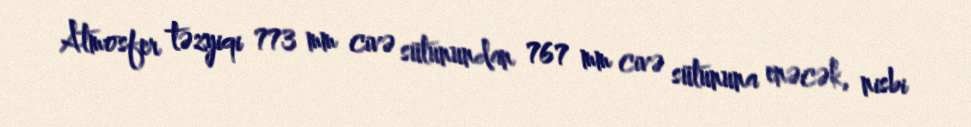
Atmosfer təzyiqi 773 mm civə sütunundan 767 mm civə sütununa enəcək, nisbi